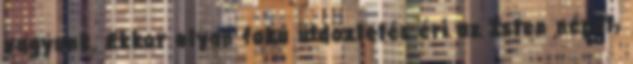
vagyunk. Ekkor olyan fokú üldöztetés éri az Isten népét,